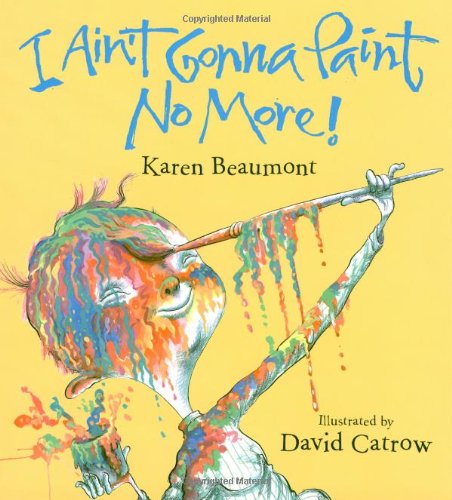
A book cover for I Ain't Gonna Paint No More! (Ala Notable Children's Books. Younger Readers (Awards)); Karen Beaumont; Children's Books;